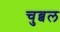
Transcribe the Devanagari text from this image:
चुब्बल